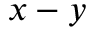
x - y